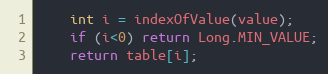
Language: Java
	int i = indexOfValue(value);
	if (i<0) return Long.MIN_VALUE;
	return table[i];